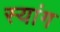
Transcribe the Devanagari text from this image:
स्‍यांग